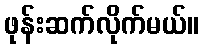
ဖုန်းဆက်လိုက်မယ်။